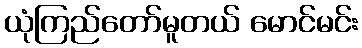
ယုံကြည်တော်မူတယ် မောင်မင်း